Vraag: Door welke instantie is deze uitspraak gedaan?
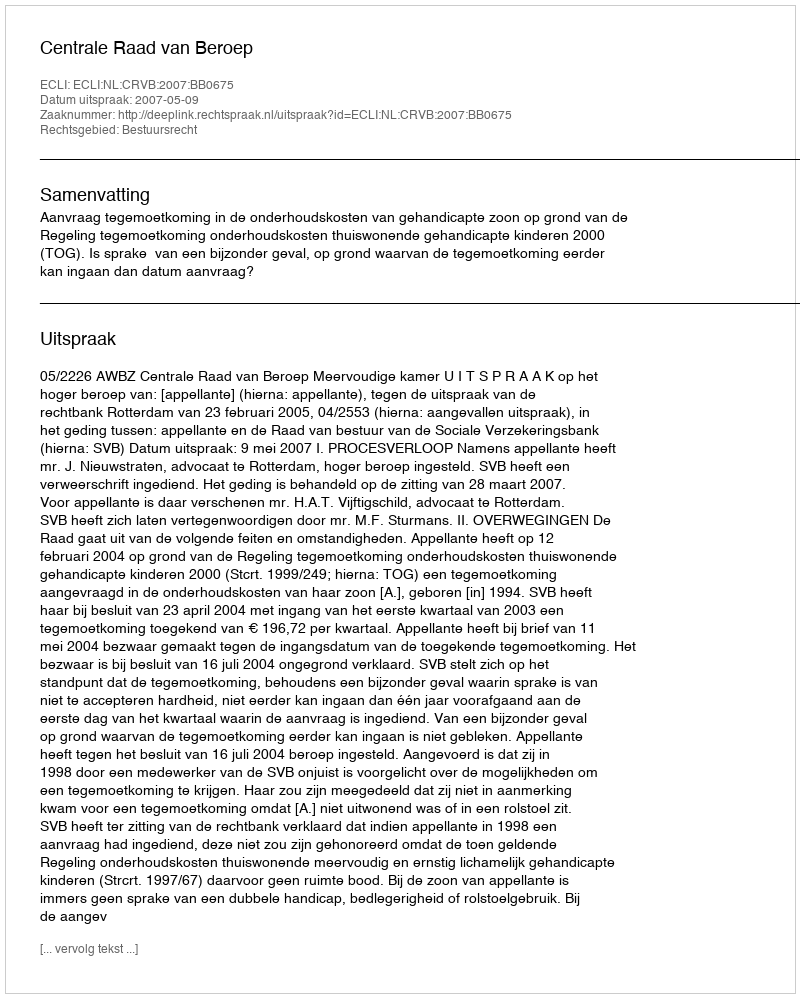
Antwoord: Centrale Raad van Beroep